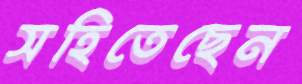
সহিতেছেন